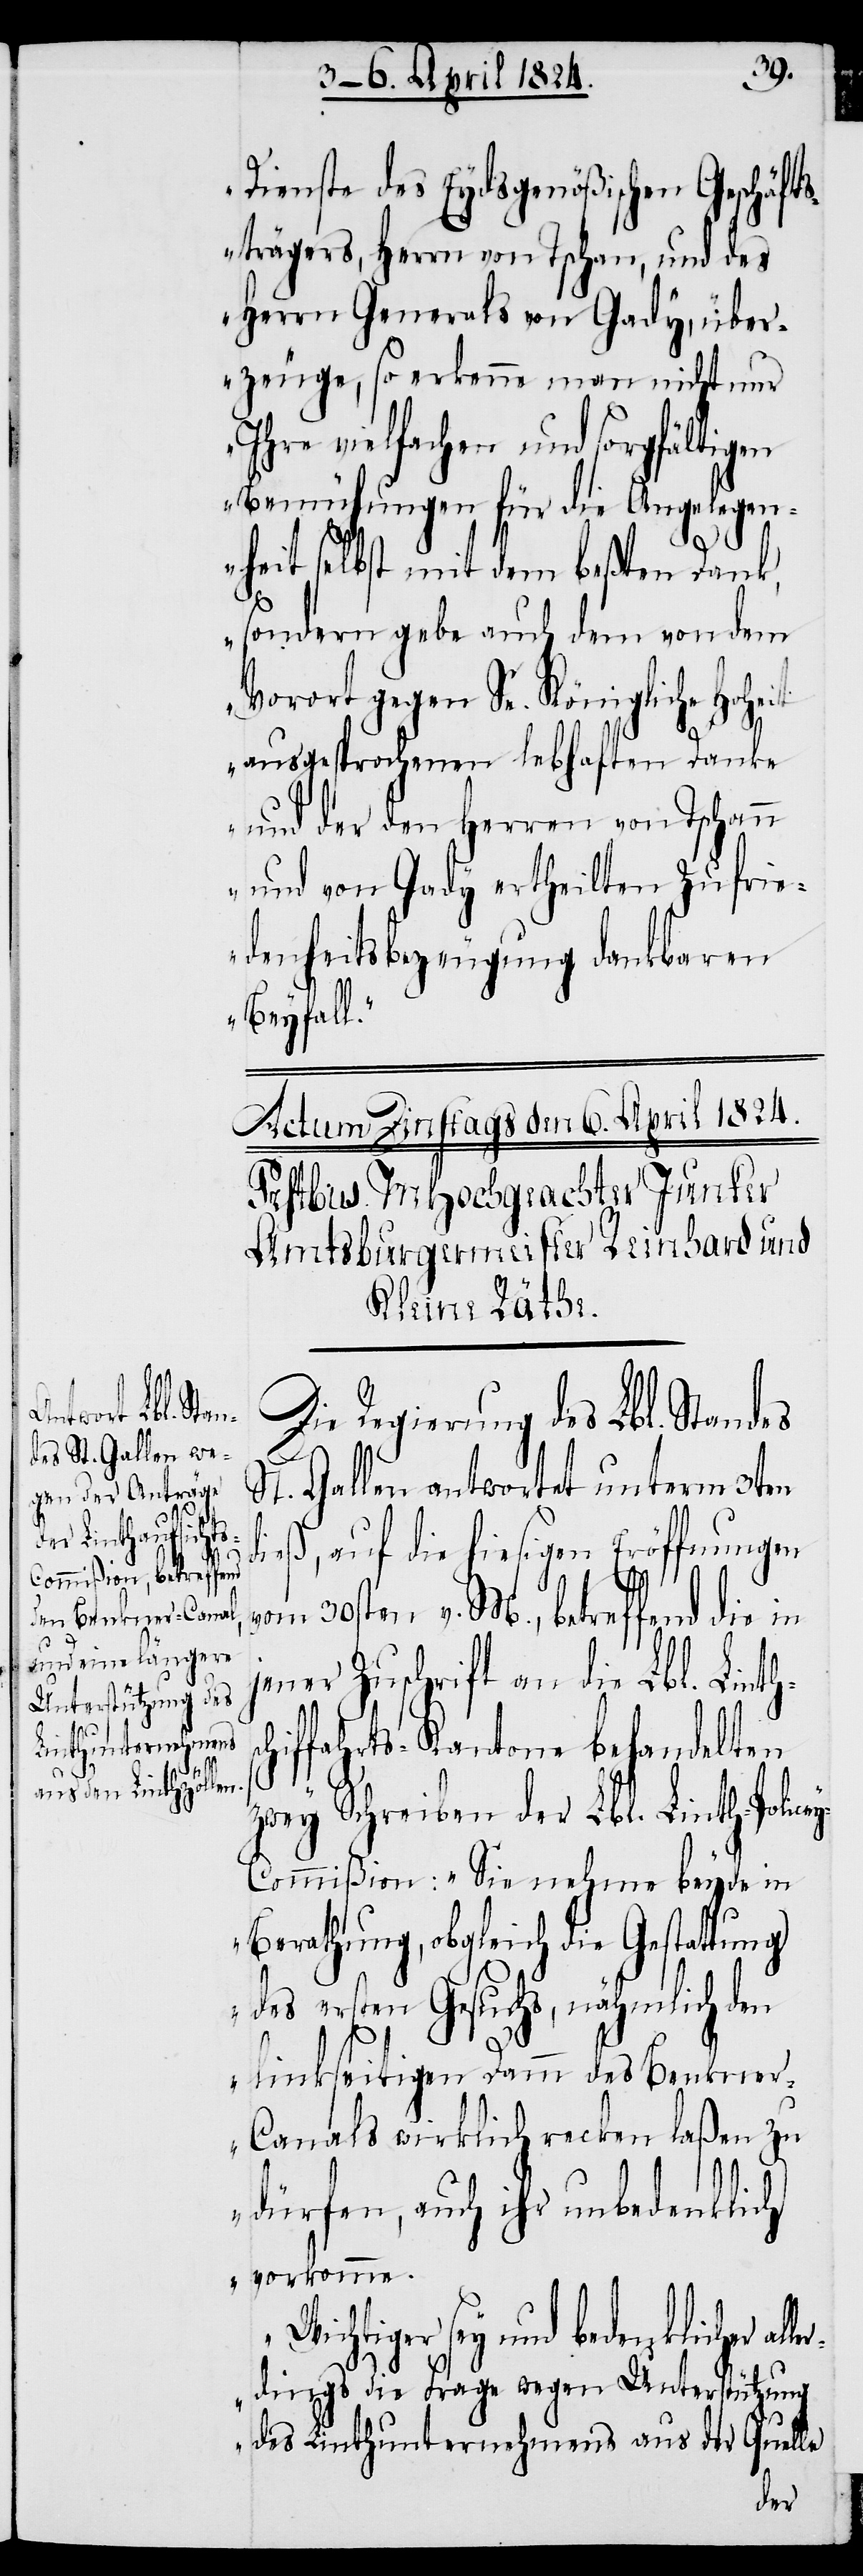
icher aller¬

sc¬
Dienste des Eydsgenößischen Geschäfts¬
trägers, Herrn von Tschan, und des
Herrn Generals von Gady, über¬
zeuge, so erkenne man nicht nur
Ihre vielfachen und sorgfältigen
Bemühungen für die Angelegen¬
heit selbst mit dem beßten Dank,
sondern gebe auch dem von dem
Vorort gegen Se. Königliche Hoheit
ausgesprochenen lebhaften Danke
und der den Herren von Tschann
und von Gady ertheilten Zufrie¬
denheitsbezeugung dankbaren
Beyfall.“
Die Regierung des Lbl. Standes
St. Gallen antwortet unterm 3ten
dieß, auf die hiesigen Eröffnungen
vom 30sten, v. M., betreffend
er Zuschrift an die Lbl. Linth¬
hiffahrts-Kantone behandelten
zwey Schreiben der Lbl. Linth-Police¬
y-Commißion: „Sie nehme beyde in
Berathung, obgleich die Gestattung
des ersten Gesuchs, nähmlich den
linkseitigen Damm des Benkne¬
r-Canals wirklich recken laßen zu
dürfen, auch ihr unbedenklich
vorkomme.
Wichtiger sey und bedenkl¬
dings die Frage wegen Unterstützung
des Linthunternehmens aus der Quelle